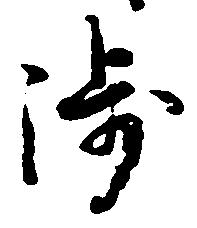
渉